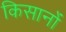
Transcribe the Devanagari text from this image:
किसानोंं